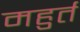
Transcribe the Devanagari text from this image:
महुर्त